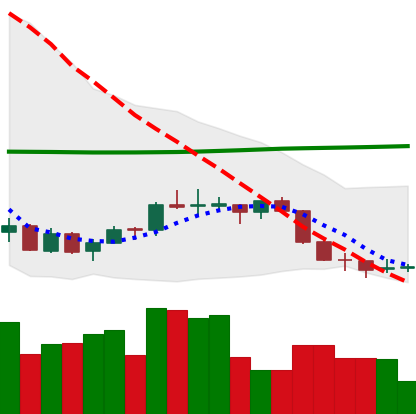
Ticker: EOS-USD
Chart end date: 2018-07-14
Forward return: 20.044%
Label: up_7plus